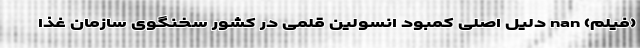
(فیلم) nan دلیل اصلی کمبود انسولین قلمی در کشور سخنگوی سازمان غذا